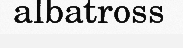
albatross